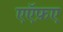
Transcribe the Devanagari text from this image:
एऍफ़ए